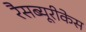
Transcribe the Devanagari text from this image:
रैसब्यूरीकेस